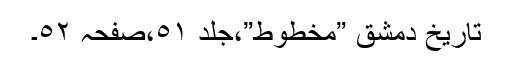
تاریخ دمشق ”مخطوط”،جلد ٥١،صفحہ ٥٢۔